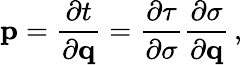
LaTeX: {\mathbf p}=\frac{\partial t}{\partial{\mathbf q}}=\frac{\partial\tau}{\partial\sigma}\frac{\partial\sigma}{\partial{\mathbf q}}\, ,